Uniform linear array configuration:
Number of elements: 48
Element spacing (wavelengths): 0.75
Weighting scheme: exponential
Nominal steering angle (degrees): -45
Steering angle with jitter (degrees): -44.324
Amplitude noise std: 0.05
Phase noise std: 0.05

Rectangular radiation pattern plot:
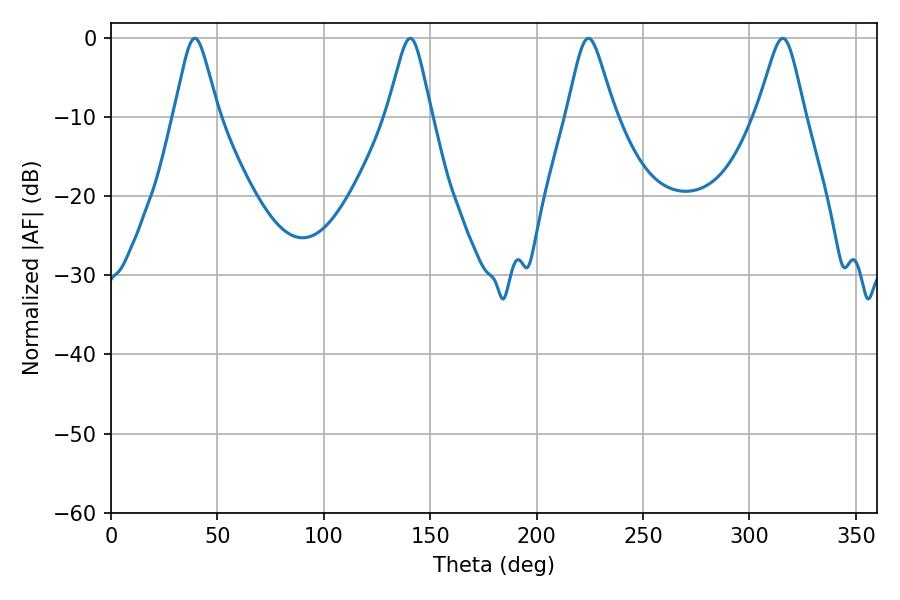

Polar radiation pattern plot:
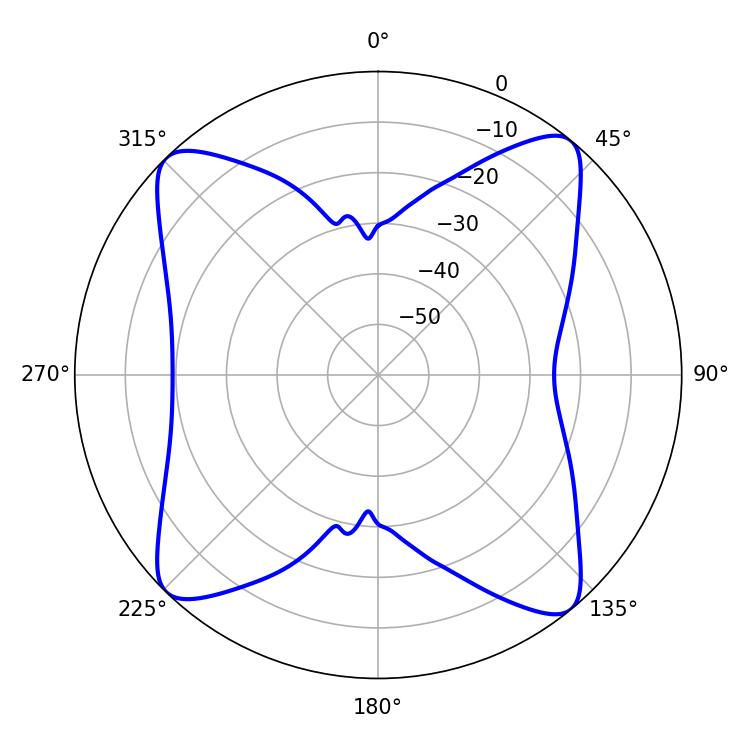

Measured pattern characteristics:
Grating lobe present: TRUE
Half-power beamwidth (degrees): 9.9
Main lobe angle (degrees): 39.42